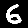
Digit: 6